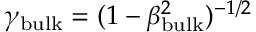
\gamma _ { \mathrm { b u l k } } = ( 1 - \beta _ { \mathrm { b u l k } } ^ { 2 } ) ^ { - 1 / 2 }